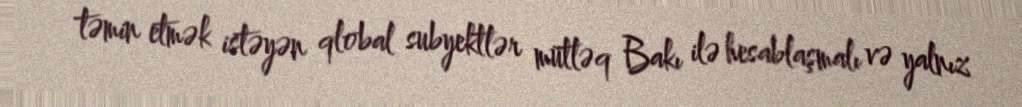
təmin etmək istəyən qlobal subyektlər mütləq Bakı ilə hesablaşmalı və yalnız